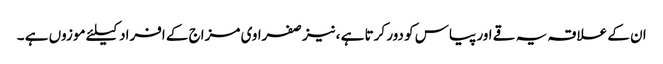
ان کے علاقہ یہ قے اور پیاس کو دور کرتا ہے ،نیز صفراوی مزاج کے افراد کیلئے موزوں ہے ۔